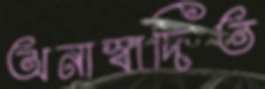
অনাস্বাদিত